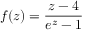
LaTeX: f ( z ) = { \frac { z - 4 } { e ^ { z } - 1 } }